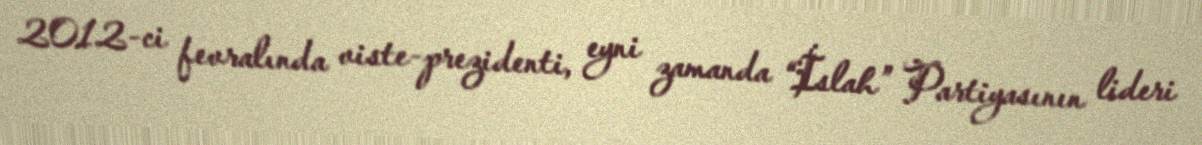
2012-ci fevralında viste-prezidenti, eyni zamanda “İslah” Partiyasının lideri